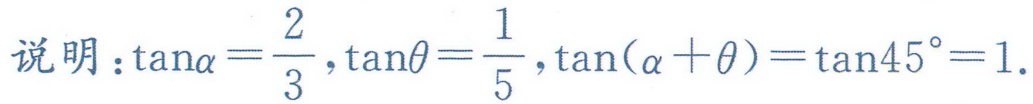
说明：\(\tan\alpha=\frac{2}{3},\tan\theta=\frac{1}{5},\tan(\alpha + \theta)=\tan45^{\circ}=1\).